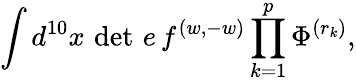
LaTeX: {\int d^{10}x\, \operatorname*{det}\, e\, f^{(w,-w)}\prod_{k=1}^{p}\Phi^{(r_{k})},}